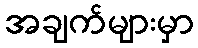
အချက်များမှာ